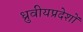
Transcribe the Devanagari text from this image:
ध्रुवीयप्रदेशों